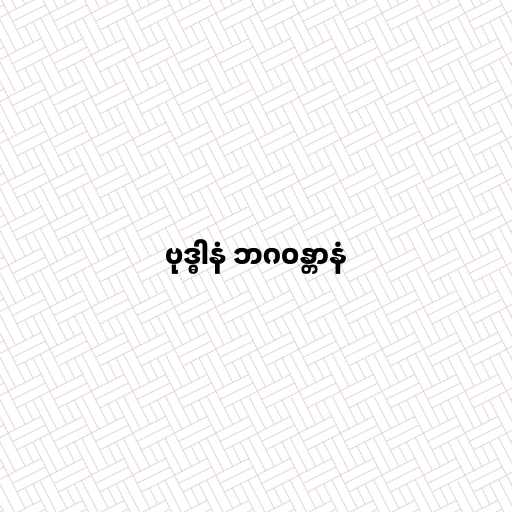
ဗုဒ္ဓါနံ ဘဂဝန္တာနံ